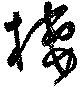
棲